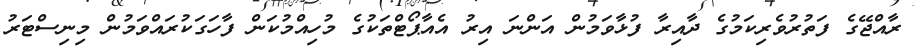
ރާއްޖޭގެ ފަތުރުވެރިކަމުގެ ދާއިރާ ފުޅާވަމުން އަންނަ އިރު އެއާޕޯޓްތަކުގެ މުހިއްމުކަން ފާހަގަކުރައްވަމުން މިނިސްޓަރު